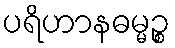
ပရိဟာနဓမ္မဉ္စ